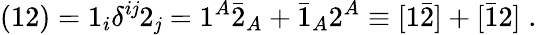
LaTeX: ({12})=1_{i}\delta^{i\mathit{j}}2_{\mathit{j}}=1^{A}\bar{{2}}_{A}+\bar{{1}}_{A}2^{A}\equiv[1\bar{{2}}]+[\bar{{1}}2]\; .